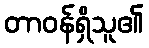
တာဝန်ရှိသူ၏